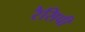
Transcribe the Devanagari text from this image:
रैसिपी